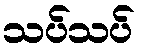
သပ်သပ်